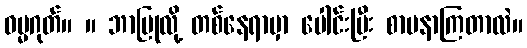
ဓမ္မဂုတ်။ ။ ဘာပြုလို့ တစ်နေရာမှာ ပေါင်းပြီး စာမနာကြတာလဲ။